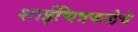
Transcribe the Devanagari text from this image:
शाईचित्रकलेचे